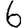
Digit: 6